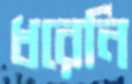
ধরেনি